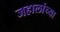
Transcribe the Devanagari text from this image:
जहालांच्या